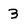
Character: 3